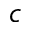
c